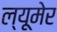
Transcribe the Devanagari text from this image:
ल्यूमेर